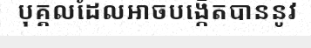
បុគ្គលដែលអាចបង្កើតបាននូវ